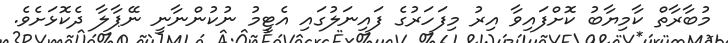
މުބާރާތް ކާމިޔާބު ކޮށްފައިވާ އިރު މިފަހަރުގެ ފައިނަލުގައި އެޓީމު ނުކުންނާނީ ނޭޕާލާ ދެކޮޅަށެވެ.